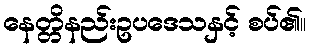
နေတ္တိနည်းဥပဒေသနှင့် စပ်၏။